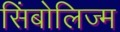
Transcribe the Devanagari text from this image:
सिंबोलिज्म